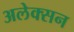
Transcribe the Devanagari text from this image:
अलेक्सन